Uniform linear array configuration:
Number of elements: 24
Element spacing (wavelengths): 0.5
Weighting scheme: uniform
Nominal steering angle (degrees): -60
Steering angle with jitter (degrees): -60.113
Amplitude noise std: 0.05
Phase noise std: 0.05

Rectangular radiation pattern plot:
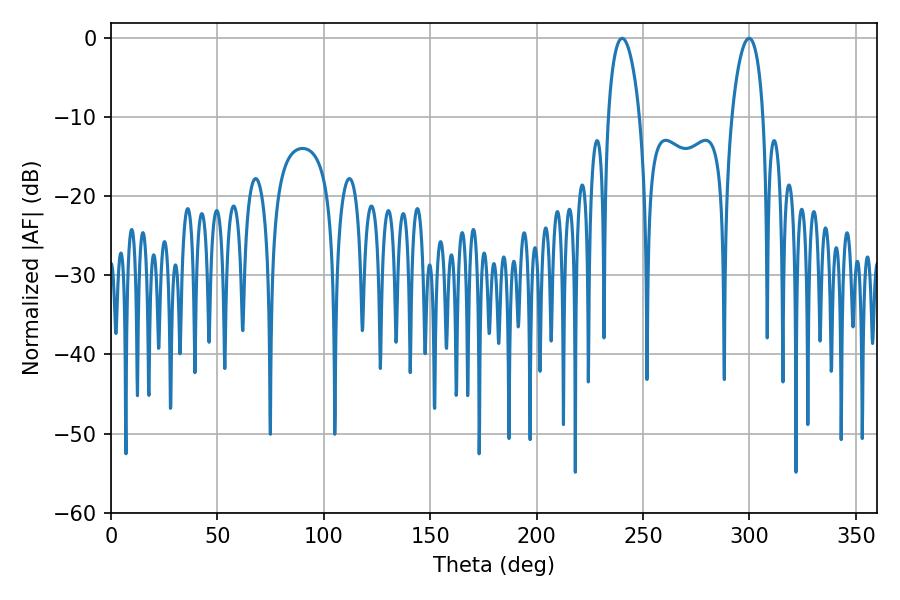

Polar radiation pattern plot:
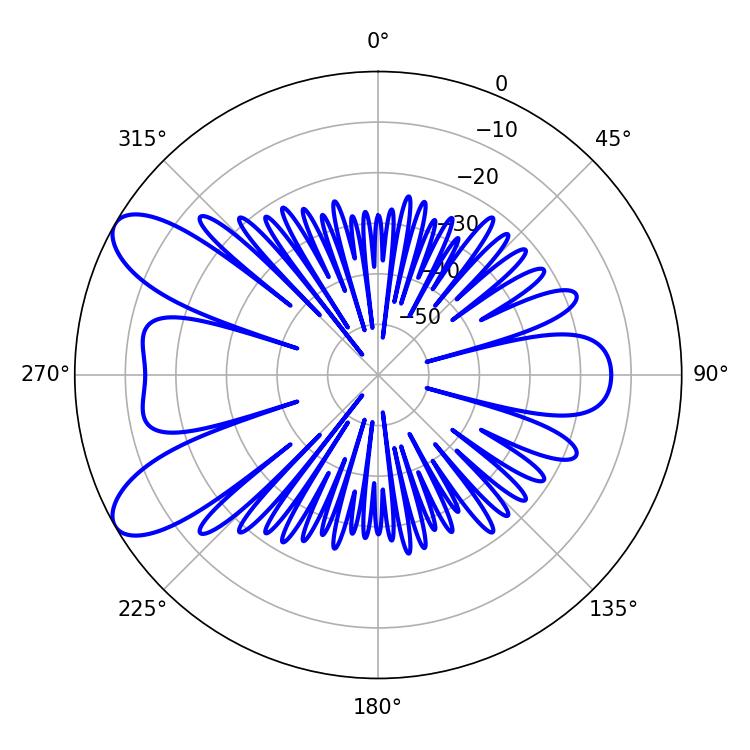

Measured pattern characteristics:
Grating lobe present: FALSE
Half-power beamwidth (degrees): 8.28
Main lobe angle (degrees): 240.12